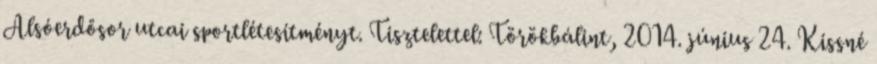
Alsóerdősor utcai sportlétesítményt. Tisztelettel: Törökbálint, 2014. június 24. Kissné